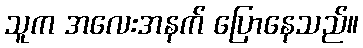
သူက အလေးအနက် ပြောနေသည်။